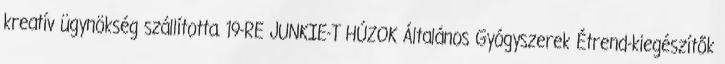
kreatív ügynökség szállította. 19-RE JUNKIE-T HÚZOK Általános Gyógyszerek Étrend-kiegészítők